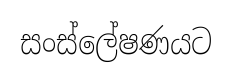
සංස්ලේෂණයට